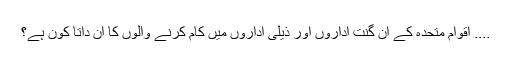
.... اقوام متحدہ کے اَن گنت اداروں اور ذیلی اداروں میں کام کرنے والوں کا اَن داتا کون ہے؟